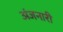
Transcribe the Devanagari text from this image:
अंजनारी